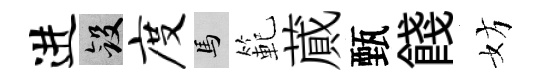
进斂度馬範蕆甄餞妨